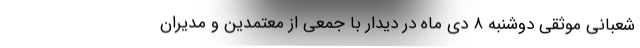
شعبانی موثقی دوشنبه ۸ دی ماه در دیدار با جمعی از معتمدین و مدیران